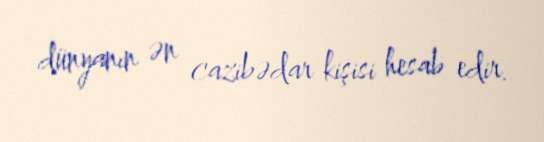
dünyanın ən cazibədar kişisi hesab edir.